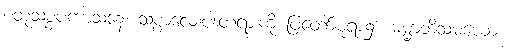
စတုသစ္စပကာသနေ၊ သစ္စာလေးပါးတရားကို ပြတော်မူရာ၌။ ဓမ္မာဘိသမယော၊